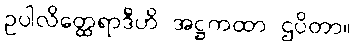
ဥပါလိတ္ထေရာဒီဟိ အဋ္ဌကထာ ဌပိတာ။